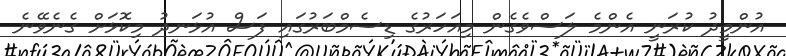
އުންމީދު ކުރަނީ އެންމެ ލަސްވެގެން މިއަހަރުގެ ޑިސެމްބަރުގައި ފަސް އުޅަނދު މިކޮޅަށް ގެނެވޭނެ